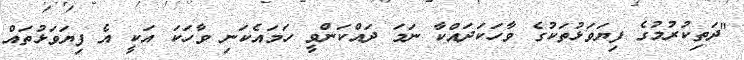
"ދަތިކުރުމުގެ ފިޔަވަޅުތަކުގެ ވާހަކަދައްކާ ނަމަ ދައްކަންވީ ހަމައެކަނި ވާހަކަ އަކީ އެ ފިޔަވަޅުތައް